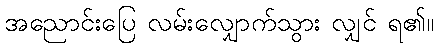
အညောင်းပြေ လမ်းလျှောက်သွား လျှင် ရ၏။